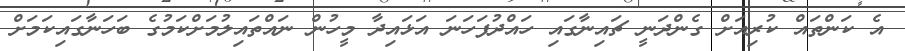
އެ ކަންތައް ކުރިއަށް ގެންދަނީ ޗައިނާގައި ހައްދުފަހަނަ އަޅައިދާ މީހުން ނައްތައިލުމަށްކަމުގެ ބަހަނާގައިކަމަށް